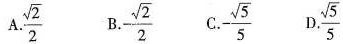
A.\frac{\sqrt{2}}{2} B.-\frac{\sqrt{2}}{2} C. \frac{\sqrt{5}}{5} D.\frac{\sqrt{5}}{5}